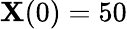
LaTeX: \mathbf{X}(0)=50